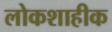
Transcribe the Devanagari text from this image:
लोकशाहीक